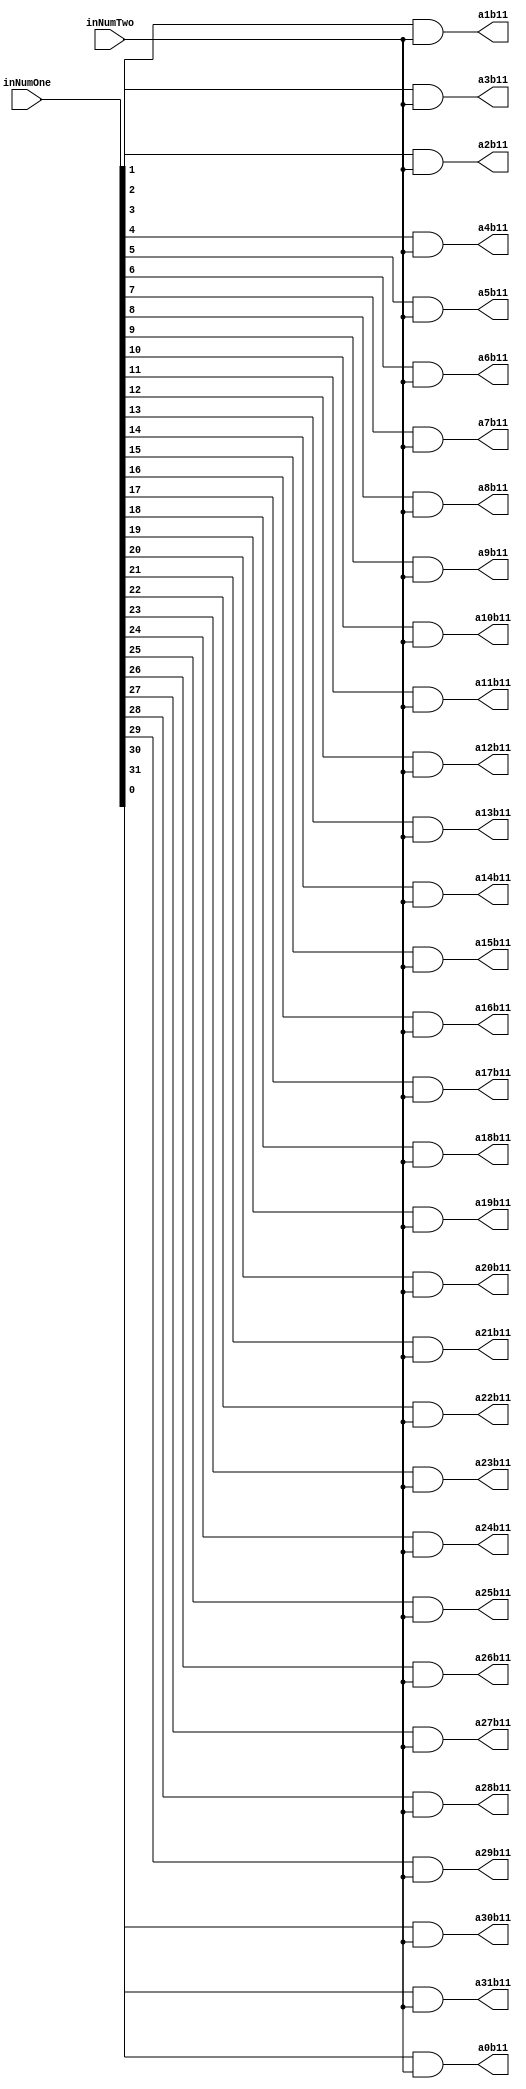
`timescale 1ns / 1ps

module PartialProductRow11(inNumOne,inNumTwo,a0b11,a1b11,a2b11,a3b11,a4b11,a5b11,a6b11,a7b11,a8b11,a9b11,a10b11,a11b11,a12b11,a13b11,a14b11,a15b11,a16b11,a17b11,a18b11,a19b11,a20b11,a21b11,a22b11,a23b11,a24b11,a25b11,a26b11,a27b11,a28b11,a29b11,a30b11,a31b11);
input [31:0] inNumOne;
input inNumTwo;
output reg a0b11,a1b11,a2b11,a3b11,a4b11,a5b11,a6b11,a7b11,a8b11,a9b11,a10b11,a11b11,a12b11,a13b11,a14b11,a15b11,a16b11,a17b11,a18b11,a19b11,a20b11,a21b11,a22b11,a23b11,a24b11,a25b11,a26b11,a27b11,a28b11,a29b11,a30b11,a31b11;

always@(inNumOne,inNumTwo)begin
	a0b11 <= inNumOne[0] & inNumTwo;
	a1b11 <= inNumOne[1] & inNumTwo;
	a2b11 <= inNumOne[2] & inNumTwo;
	a3b11 <= inNumOne[3] & inNumTwo;
	a4b11 <= inNumOne[4] & inNumTwo;
	a5b11 <= inNumOne[5] & inNumTwo;
	a6b11 <= inNumOne[6] & inNumTwo;
	a7b11 <= inNumOne[7] & inNumTwo;
	a8b11 <= inNumOne[8] & inNumTwo;
	a9b11 <= inNumOne[9] & inNumTwo;
	a10b11 <= inNumOne[10] & inNumTwo;
	a11b11 <= inNumOne[11] & inNumTwo;
	a12b11 <= inNumOne[12] & inNumTwo;
	a13b11 <= inNumOne[13] & inNumTwo;
	a14b11 <= inNumOne[14] & inNumTwo;
	a15b11 <= inNumOne[15] & inNumTwo;
	a16b11 <= inNumOne[16] & inNumTwo;
	a17b11 <= inNumOne[17] & inNumTwo;
	a18b11 <= inNumOne[18] & inNumTwo;
	a19b11 <= inNumOne[19] & inNumTwo;
	a20b11 <= inNumOne[20] & inNumTwo;
	a21b11 <= inNumOne[21] & inNumTwo;
	a22b11 <= inNumOne[22] & inNumTwo;
	a23b11 <= inNumOne[23] & inNumTwo;
	a24b11 <= inNumOne[24] & inNumTwo;
	a25b11 <= inNumOne[25] & inNumTwo;
	a26b11 <= inNumOne[26] & inNumTwo;
	a27b11 <= inNumOne[27] & inNumTwo;
	a28b11 <= inNumOne[28] & inNumTwo;
	a29b11 <= inNumOne[29] & inNumTwo;
	a30b11 <= inNumOne[30] & inNumTwo;
	a31b11 <= inNumOne[31] & inNumTwo;
end

endmodule